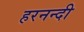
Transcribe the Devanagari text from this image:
हरनन्दी